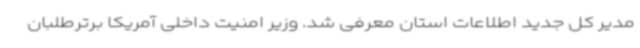
مدیر کل جدید اطلاعات استان معرفی شد. وزیر امنیت داخلی آمریکا برترطلبان